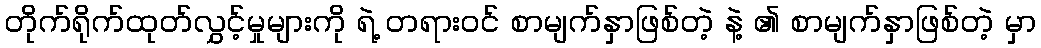
တိုက်ရိုက်ထုတ်လွှင့်မှုများကို ရဲ့ တရားဝင် စာမျက်နှာဖြစ်တဲ့ နဲ့ ၏ စာမျက်နှာဖြစ်တဲ့ မှာ